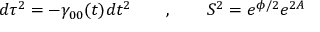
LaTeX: d \tau ^ { 2 } = - \gamma _ { 0 0 } ( t ) d t ^ { 2 } \qquad , \qquad S ^ { 2 } = e ^ { \phi / 2 } e ^ { 2 A }